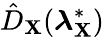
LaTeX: \hat{D}_{\mathbf{X}}(\boldsymbol{\lambda}_{\mathbf{X}}^{*})